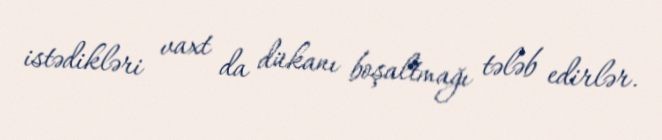
istədikləri vaxt da dükanı boşaltmağı tələb edirlər.